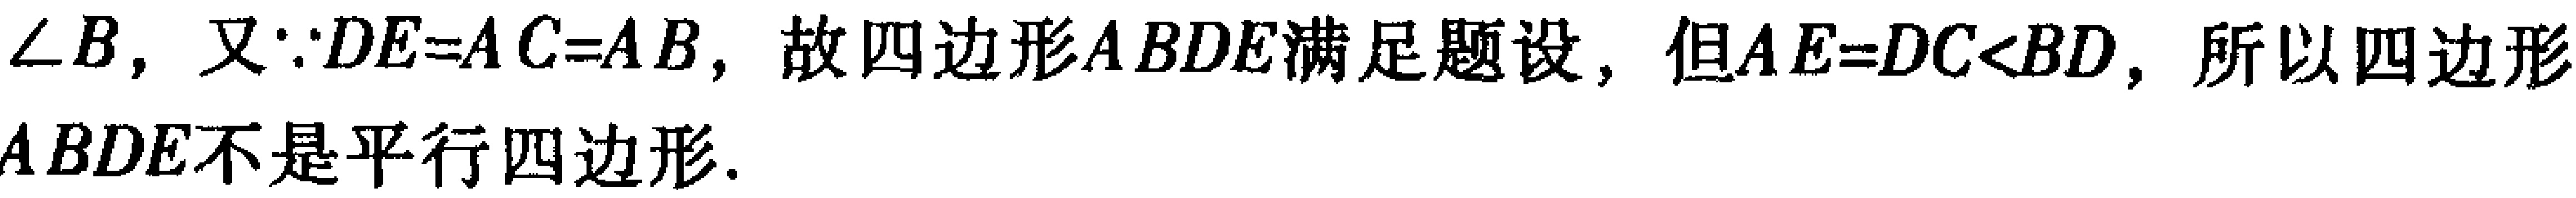
$\angle B$, 又$\because DE = AC = AB$, 故四边形$ABDE$满足题设, 但$AE = DC < BD$, 所以四边形$ABDE$不是平行四边形.